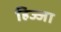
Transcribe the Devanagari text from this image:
हिज्जा